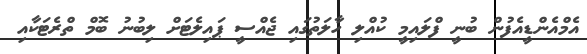
އެމްއެންޑީއެފުން ބުނީ ފްލައިމީ ކުއްލި ހާލަތުގައި ޖެއްސީ ޕައިލެޓަށް ލިބުނު ބޮމް ތްރެޓަކާއި